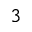
^ { 3 }